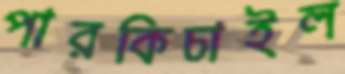
পারকিচাইল